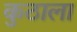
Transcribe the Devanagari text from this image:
कुठाला